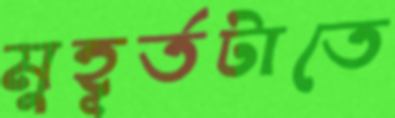
মুহূর্তটাতে